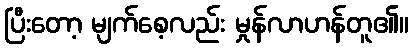
ပြီးတော့ မျက်စေ့လည်း မှုန်လာဟန်တူ၏။